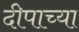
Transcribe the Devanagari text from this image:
दीपाच्या